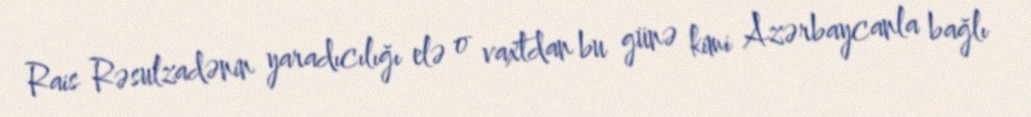
Rais Rəsulzadənin yaradıcılığı elə o vaxtdan bu günə kimi Azərbaycanla bağlı